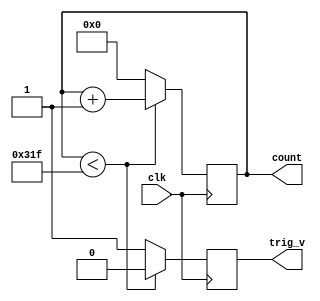
`timescale 1ns / 1ps
module h_counter(clk,count,trig_v); //mod 900
    input clk;
    output [9:0] count;
    output trig_v;
    reg [9:0] count;
    reg trig_v;
    initial count=0;
    initial trig_v=0;
always @ (posedge clk)
    begin
       if (count < 799)
         begin
         trig_v<=0;
           count <= count + 1;
         end
       else
         begin
           trig_v<=1;
           count<=0;
         end
end                              
endmodule